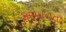
ફરમાવતા